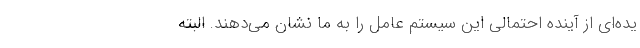
یده‌ای از آینده احتمالی این سیستم عامل را به ما نشان می‌دهند. البته